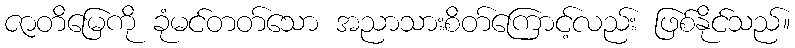
ဇာတိမြေကို ခုံမင်တတ်သော အညာသားစိတ်ကြောင့်လည်း ဖြစ်နိုင်သည်။